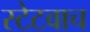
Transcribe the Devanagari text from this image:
स्टेटवाच